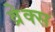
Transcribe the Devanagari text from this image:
व्रेक्स